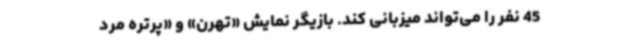
45 نفر را می‌تواند میزبانی کند. بازیگر نمایش «تهرن» و «پرتره مرد